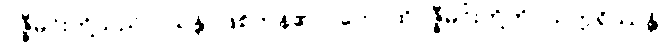
ဝဇ္ဇီမင်းတို့သည်။ (သန္တိ၊ ဖြစ်ကုန်၏။) တေ၊ ထိုဝဇ္ဇီမင်းတို့ကို။ သက္ကရိဿန္တိ၊